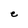
Character: e